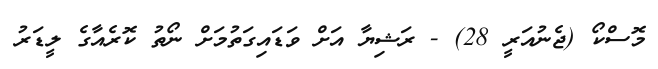
މޮސްކޯ (ޖެނުއަރީ 28) - ރަޝިޔާ އަށް ވަޑައިގަތުމަށް ނޯތު ކޮރެއާގެ ލީޑަރު